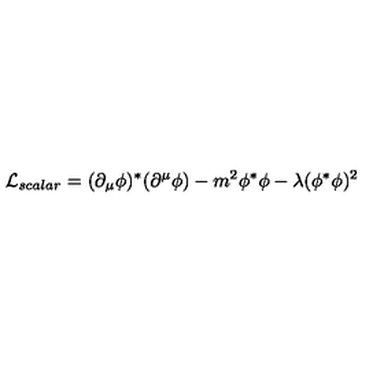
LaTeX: { \cal L } _ { s c a l a r } = ( \partial _ { \mu } \phi ) ^ { \ast } ( \partial ^ { \mu } \phi ) - m ^ { 2 } \phi ^ { \ast } \phi - \lambda ( \phi ^ { \ast } \phi ) ^ { 2 }